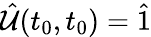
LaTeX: \hat{\mathcal{U}}(t_{0},t_{0})=\hat{1}